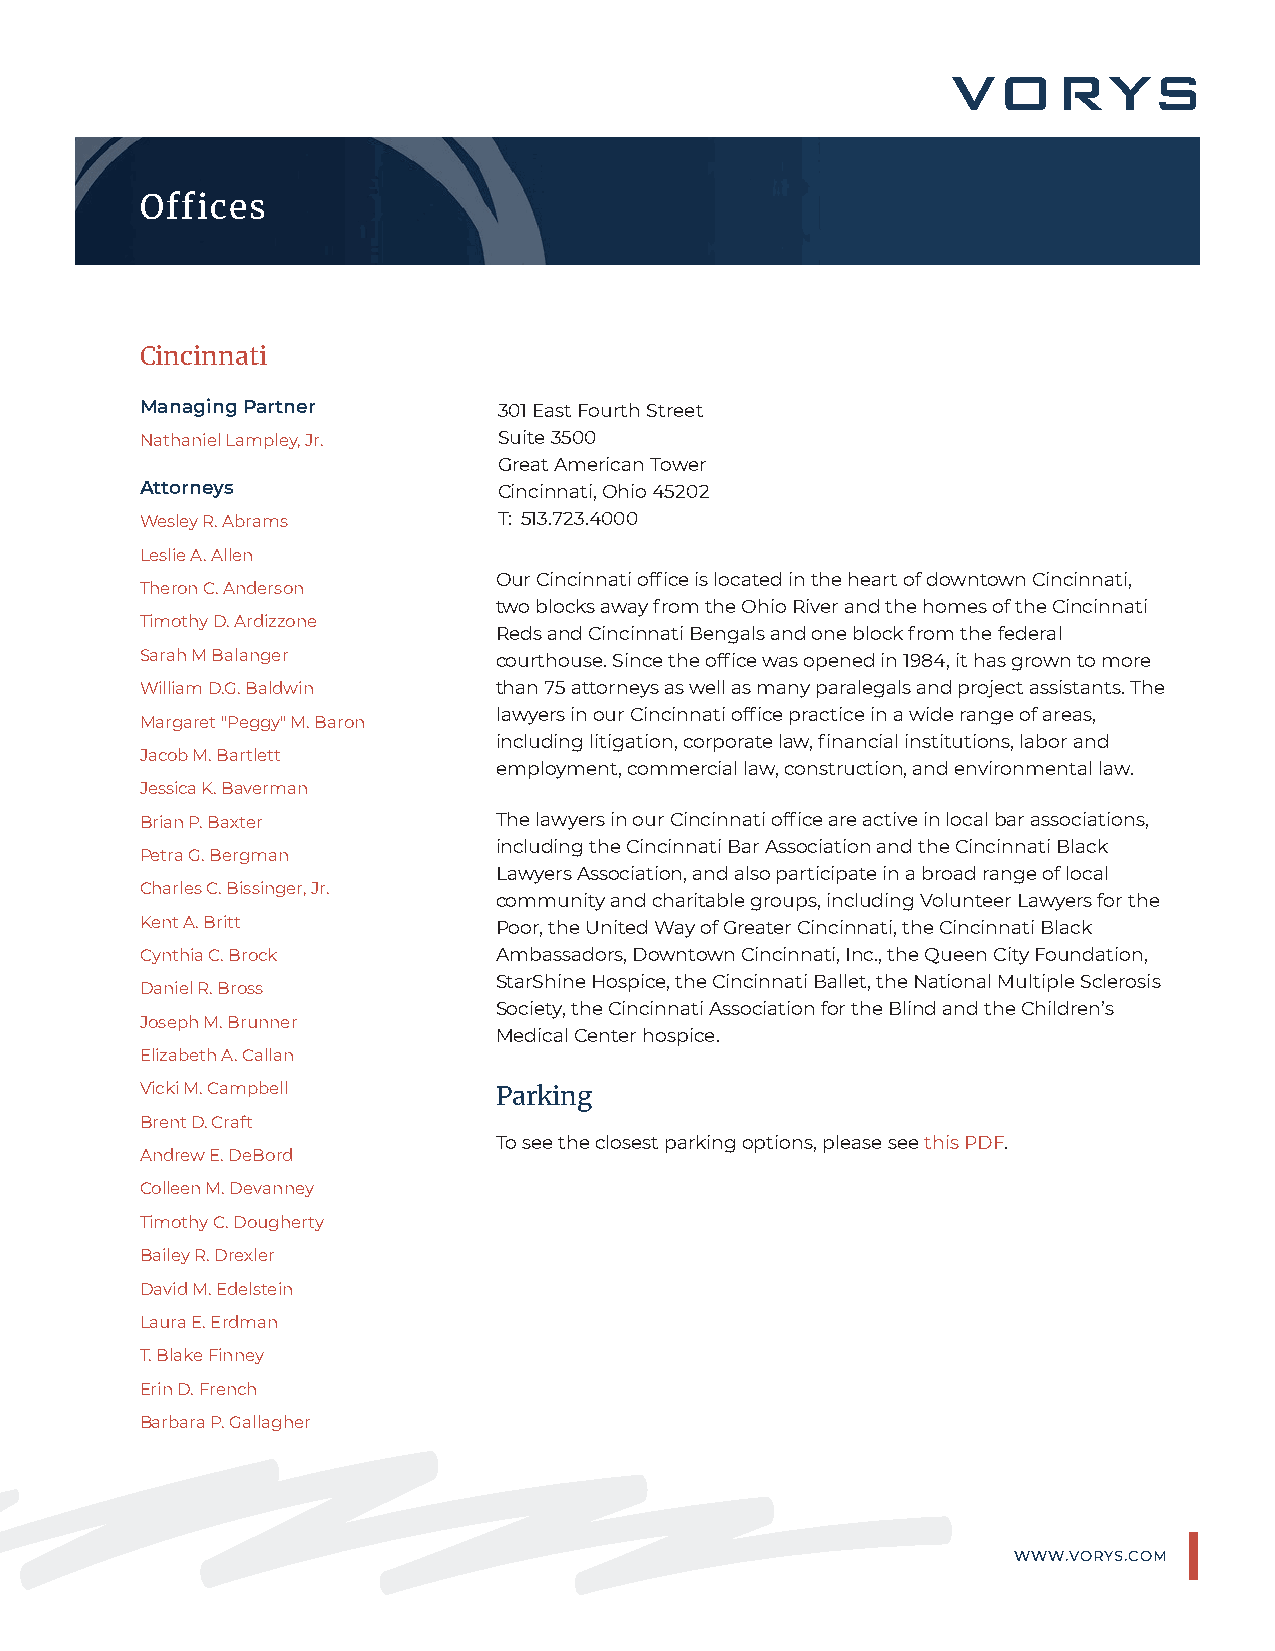
Offices
 Cincinnati
 Managing Partner        301 East Fourth Street
 Nathaniel Lampley, Jr.  Suite 3500
 Great American Tower
 Attorneys               Cincinnati, Ohio 45202
 Wesley R. Abrams        T: 513.723.4000
 Leslie A. Allen
 Our Cincinnati office is located in the heart of downtown Cincinnati,
 Theron C. Anderson
 two blocks away from the Ohio River and the homes of the Cincinnati
 Timothy D. Ardizzone
 Reds and Cincinnati Bengals and one block from the federal
 Sarah M Balanger        courthouse. Since the office was opened in 1984, it has grown to more
 William D.G. Baldwin    than 75 attorneys as well as many paralegals and project assistants. The
 lawyers in our Cincinnati office practice in a wide range of areas,
 Margaret "Peggy" M. Baron
 including litigation, corporate law, financial institutions, labor and
 Jacob M. Bartlett
 employment, commercial law, construction, and environmental law.
 Jessica K. Baverman
 Brian P. Baxter         The lawyers in our Cincinnati office are active in local bar associations,
 including the Cincinnati Bar Association and the Cincinnati Black
 Petra G. Bergman
 Lawyers Association, and also participate in a broad range of local
 Charles C. Bissinger, Jr.
 community and charitable groups, including Volunteer Lawyers for the
 Kent A. Britt           Poor, the United Way of Greater Cincinnati, the Cincinnati Black
 Cynthia C. Brock        Ambassadors, Downtown Cincinnati, Inc., the Queen City Foundation,
 StarShine Hospice, the Cincinnati Ballet, the National Multiple Sclerosis
 Daniel R. Bross
 Society, the Cincinnati Association for the Blind and the Children’s
 Joseph M. Brunner
 Medical Center hospice.
 Elizabeth A. Callan
 Vicki M. Campbell       Parking
 Brent D. Craft
 To see the closest parking options, please see this PDF.
 Andrew E. DeBord
 Colleen M. Devanney
 Timothy C. Dougherty
 Bailey R. Drexler
 David M. Edelstein
 Laura E. Erdman
 T. Blake Finney
 Erin D. French
 Barbara P. Gallagher
 WWW.VORYS.COM